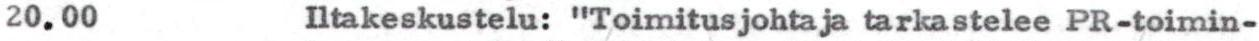
20.00 Iltakeskustelu: "Toimitusjohtaja tarkastelee PR-toimin-